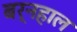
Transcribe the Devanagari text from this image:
बर्नहाल